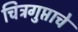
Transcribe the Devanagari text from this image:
चित्रगुप्ताचे